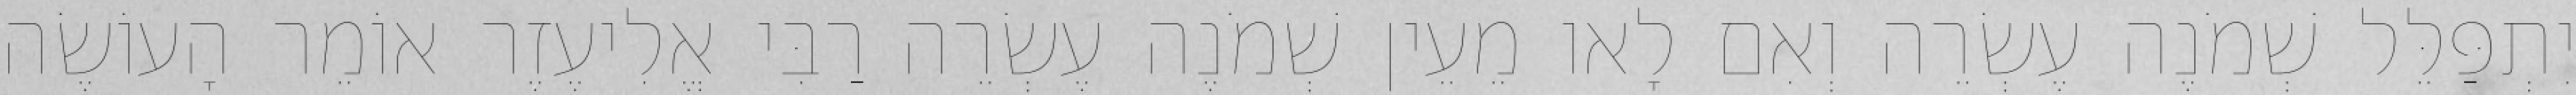
יִתְפַּלֵּל שְׁמֹנֶה עֶשְׂרֵה וְאִם לָאו מֵעֵין שְׁמֹנֶה עֶשְׂרֵה רַבִּי אֱלִיעֶזֶר אוֹמֵר הָעוֹשֶׂה